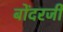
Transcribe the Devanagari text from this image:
बोंदरजी